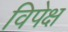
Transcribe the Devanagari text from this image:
विपेक्ष